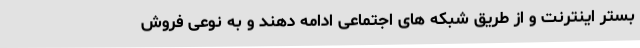
بستر اینترنت و از طریق شبکه های اجتماعی ادامه دهند و به نوعی فروش